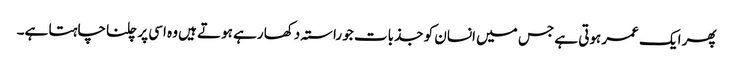
پھر ایک عمر ہوتی ہے جس میں انسان کو جذبات جو راستہ دکھا رہے ہوتے ہیں وہ اسی پر چلنا چاہتا ہے۔